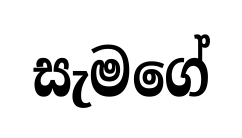
සැමගේ